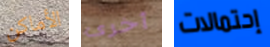
الأماكن أخرى إحتمالات